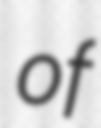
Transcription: of